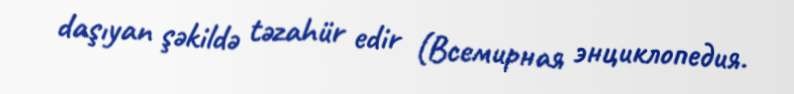
daşıyan şəkildə təzahür edir (Всемирная энциклопедия.